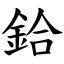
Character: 鉿